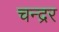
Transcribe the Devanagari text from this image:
चन्द्रर